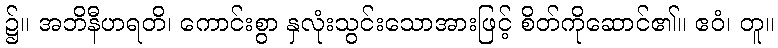
၌။ အဘိနီဟရတိ၊ ကောင်းစွာ နှလုံးသွင်းသောအားဖြင့် စိတ်ကိုဆောင်၏။ ဧဝံ၊ တူ။